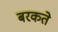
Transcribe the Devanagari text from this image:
बरकते